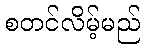
စတင်လိမ့်မည်